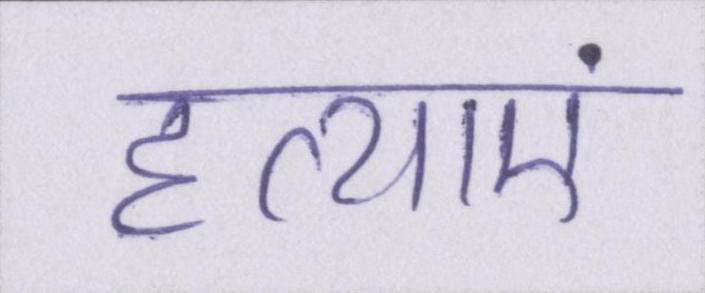
हत्याएं